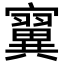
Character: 𪧴